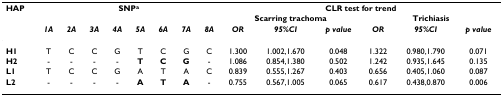
<table><thead><tr><td><b>HAP</b></td><td colspan="8"><b>SNP<sup>a</sup></b></td><td colspan="6"><b>CLR test for trend</b></td></tr><tr><td></td><td></td><td></td><td></td><td></td><td></td><td></td><td></td><td></td><td colspan="3"><b>Scarring trachoma</b></td><td colspan="3"><b>Trichiasis</b></td></tr><tr><td></td><td><b><i>1A</i></b></td><td><b><i>2A</i></b></td><td><b><i>3A</i></b></td><td><b><i>4A</i></b></td><td><b><i>5A</i></b></td><td><b><i>6A</i></b></td><td><b><i>7A</i></b></td><td><b><i>8A</i></b></td><td><b><i>OR</i></b></td><td><b><i>95%CI</i></b></td><td><b><i>p value</i></b></td><td><b><i>OR</i></b></td><td><b><i>95%CI</i></b></td><td><b><i>p value</i></b></td></tr></thead><tbody><tr><td><b>H1</b></td><td>T</td><td>C</td><td>C</td><td>G</td><td>T</td><td>C</td><td>G</td><td>C</td><td>1.300</td><td>1.002,1.670</td><td>0.048</td><td>1.322</td><td>0.980,1.790</td><td>0.071</td></tr><tr><td><b>H2</b></td><td>-</td><td>-</td><td>-</td><td>-</td><td><b>T</b></td><td><b>C</b></td><td><b>G</b></td><td>-</td><td>1.086</td><td>0.854,1.380</td><td>0.502</td><td>1.242</td><td>0.935,1.645</td><td>0.135</td></tr><tr><td><b>L1</b></td><td>T</td><td>C</td><td>C</td><td>G</td><td>A</td><td>T</td><td>A</td><td>C</td><td>0.839</td><td>0.555,1.267</td><td>0.403</td><td>0.656</td><td>0.405,1.060</td><td>0.087</td></tr><tr><td><b>L2</b></td><td>-</td><td>-</td><td>-</td><td>-</td><td><b>A</b></td><td><b>T</b></td><td><b>A</b></td><td>-</td><td>0.755</td><td>0.567,1.005</td><td>0.065</td><td>0.617</td><td>0.438,0.870</td><td>0.006</td></tr></tbody></table>